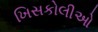
ખિસકોલીઓ